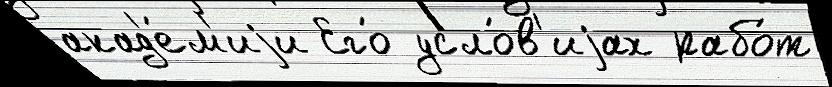
акад'е́м'иjи Его́ усло́в'иjах рабо́т